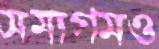
সমাগমও